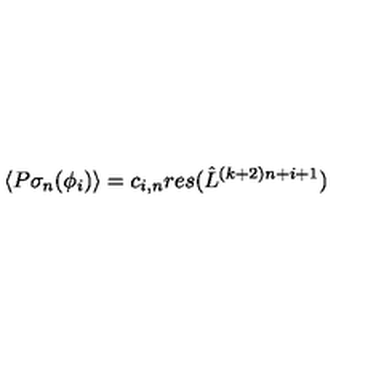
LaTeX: \langle P \sigma _ { n } ( \phi _ { i } ) \rangle = c _ { i , n } r e s ( { \hat { L } } ^ { ( k + 2 ) n + i + 1 } )